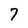
Character: 7